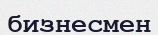
бизнесмен